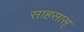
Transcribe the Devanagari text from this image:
साहसास्